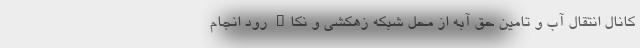
کانال انتقال آب و تامین حق آبه از محل شبکه زهکشی و نکاء رود انجام